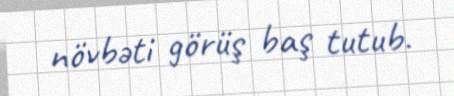
növbəti görüş baş tutub.